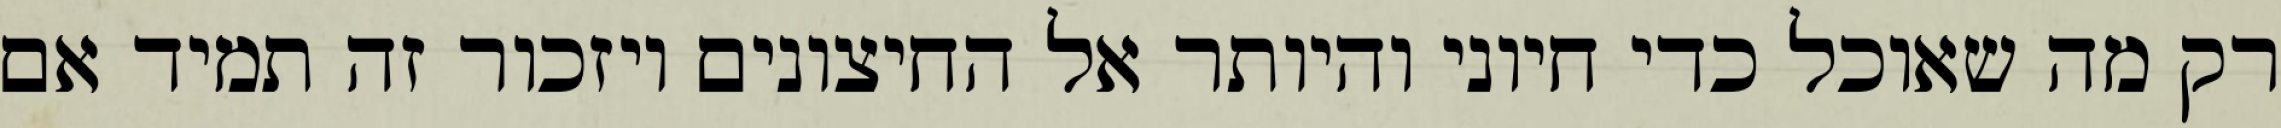
רק מה שאוכל כדי חיוני והיותר אל החיצונים ויזכור זה תמיד אם